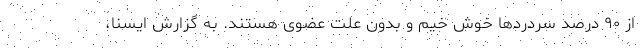
از ۹۰ درصد سردردها خوش خیم و بدون علت عضوی هستند. به گزارش ایسنا،